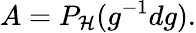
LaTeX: A=P_{\cal H}(g^{-1}dg).